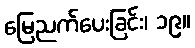
မြေညက်ပေးခြင်း၊ ၁၉။